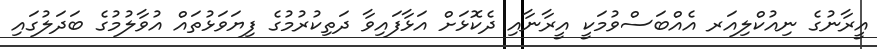
އީރާނުގެ ނިއުކްލިއަރ އެއްބަސްވުމަކީ އީރާނާއި ދެކޮޅަށް އަޅާފައިވާ ދަތިކުރުމުގެ ފިޔަވަޅުތައް އުވާލުމުގެ ބަދަލުގައި